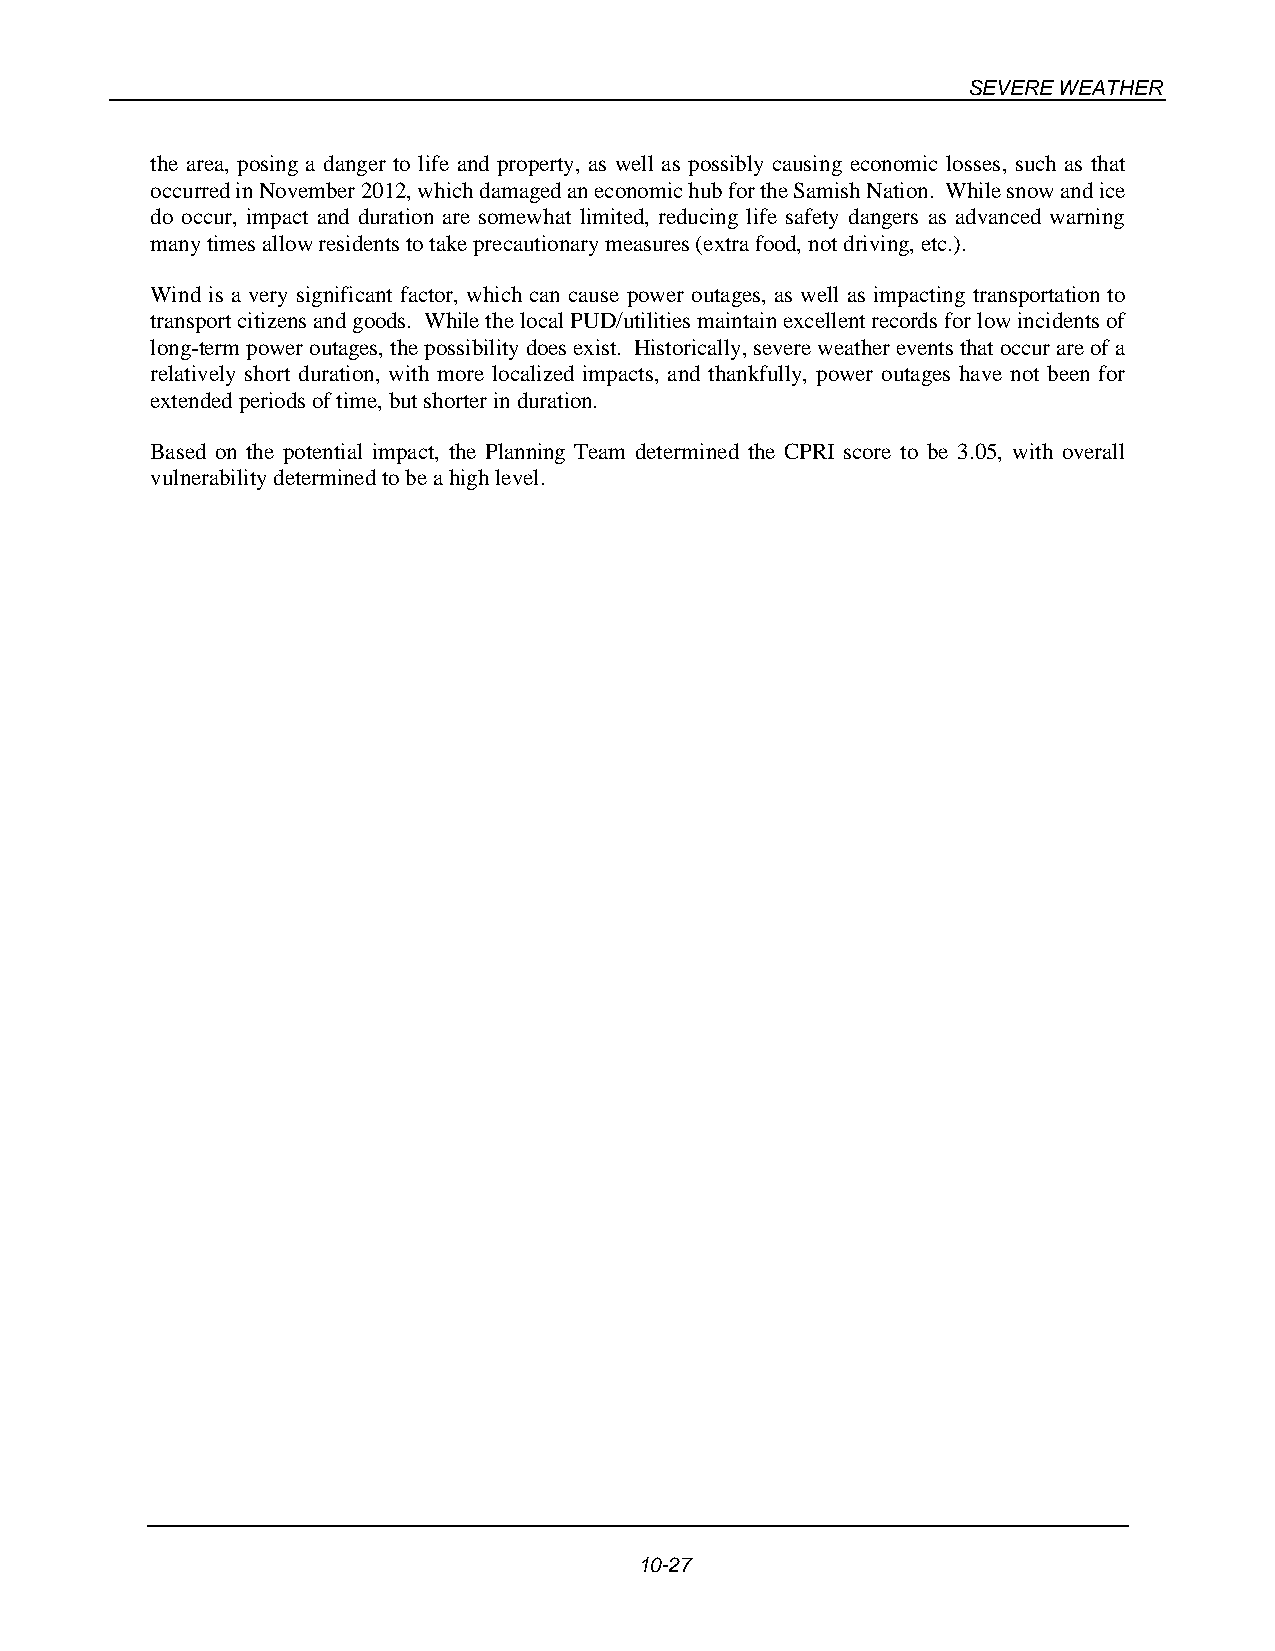
SEVERE WEATHER
 the area, posing a danger to life and property, as well as possibly causing economic losses, such as that
 occurred in November 2012, which damaged an economic hub for the Samish Nation. While snow and ice
 do occur, impact and duration are somewhat limited, reducing life safety dangers as advanced warning
 many times allow residents to take precautionary measures (extra food, not driving, etc.).
 Wind is a very significant factor, which can cause power outages, as well as impacting transportation to
 transport citizens and goods. While the local PUD/utilities maintain excellent records for low incidents of
 long-term power outages, the possibility does exist. Historically, severe weather events that occur are of a
 relatively short duration, with more localized impacts, and thankfully, power outages have not been for
 extended periods of time, but shorter in duration.
 Based on the potential impact, the Planning Team determined the CPRI score to be 3.05, with overall
 vulnerability determined to be a high level.
 10-27